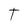
Character: T